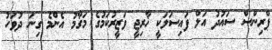
ޕްރިންސް ސައުދު އަލް ފައިސަލަކީ ޚާރިޖީ ވަޒީރުކަމުގެ މަގާމު އެންމެ ގިނަ ދުވަހު